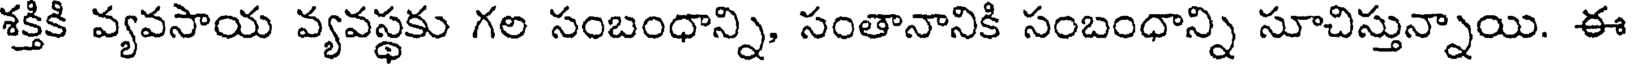
శక్తికి వ్యవసాయ వ్యవస్థకు గల సంబంధాన్ని, సంతానానికి సంబంధాన్ని సూచిస్తున్నాయి. ఈ